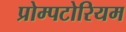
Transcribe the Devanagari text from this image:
प्रोम्पटोरियम